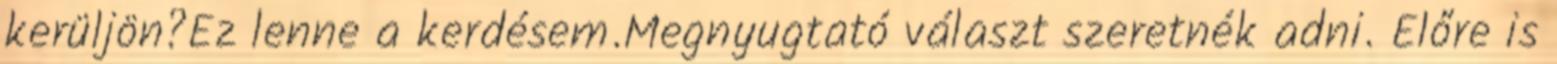
kerüljön?Ez lenne a kerdésem.Megnyugtató választ szeretnék adni. Előre is